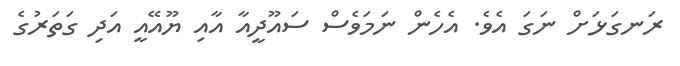
ރަނގަޅަށް ނަގަ އެވެ. އެހެން ނަމަވެސް ސައޫދީއާ އާއި ޔޫއޭއީ އަދި ގަތަރުގެ